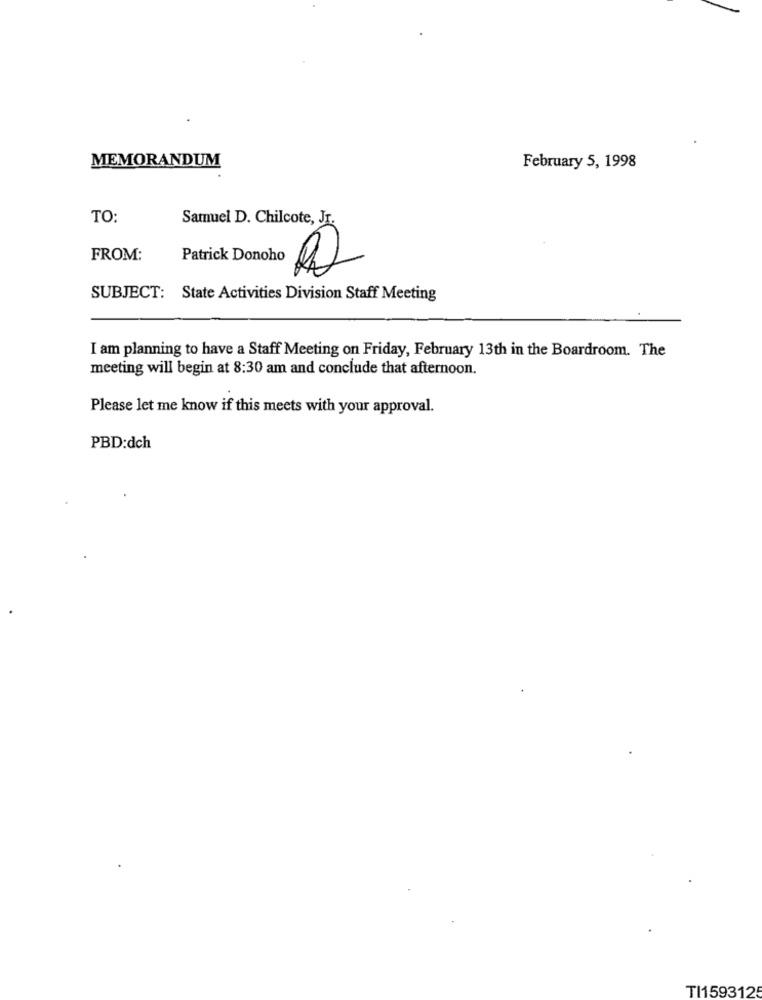
MEMORANDUM
February 5, 1998
TO:
Samuel D. Chilcote, Jr.
FROM:
Patrick Donoho 02
SUBJECT: State Activities Division Staff Meeting
I am planning to have a Staff Meeting on Friday, February 13th in the Boardroom. The
meeting will begin at 8:30 am and conclude that afternoon.
Please let me know if this meets with your approval.
PBD:dch
TI159312